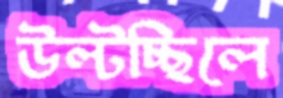
উল্‌টচ্ছিলে